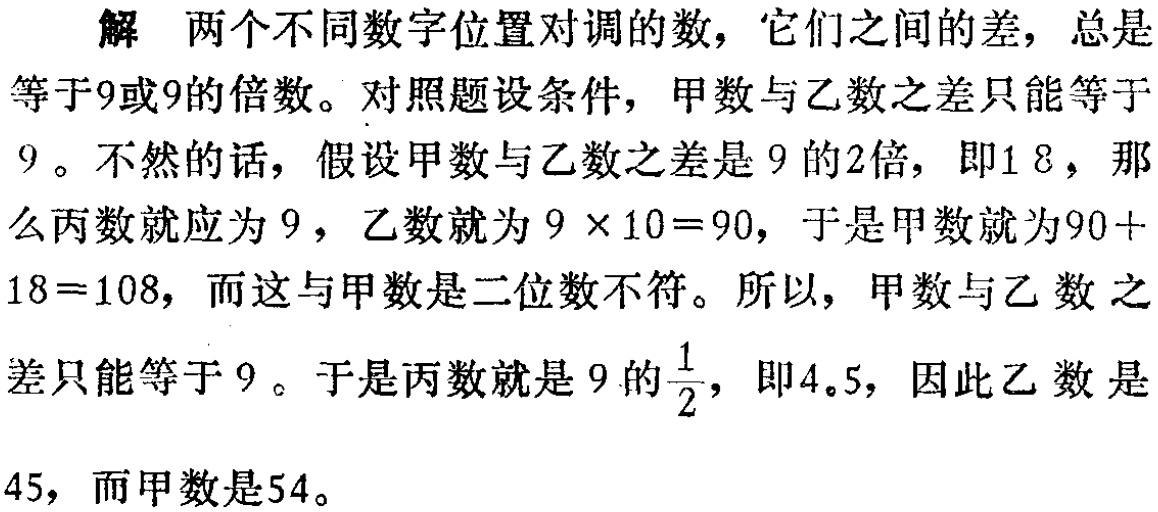
解 两个不同数字位置对调的数，它们之间的差，总是

等于9或9的倍数。对照题设条件，甲数与乙数之差只能等于

9。不然的话，假设甲数与乙数之差是9的2倍，即18，那

么丙数就应为9，乙数就为\(9\times10 = 90\)，于是甲数就为\(90 +

18 = 108\)，而这与甲数是二位数不符。所以，甲数与乙数之

差只能等于9。于是丙数就是9的\(\frac{1}{2}\)，即4.5，因此乙数是

45，而甲数是54。